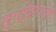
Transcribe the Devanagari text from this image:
सुचविणाच्या